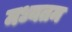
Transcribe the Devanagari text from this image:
मध्यतम